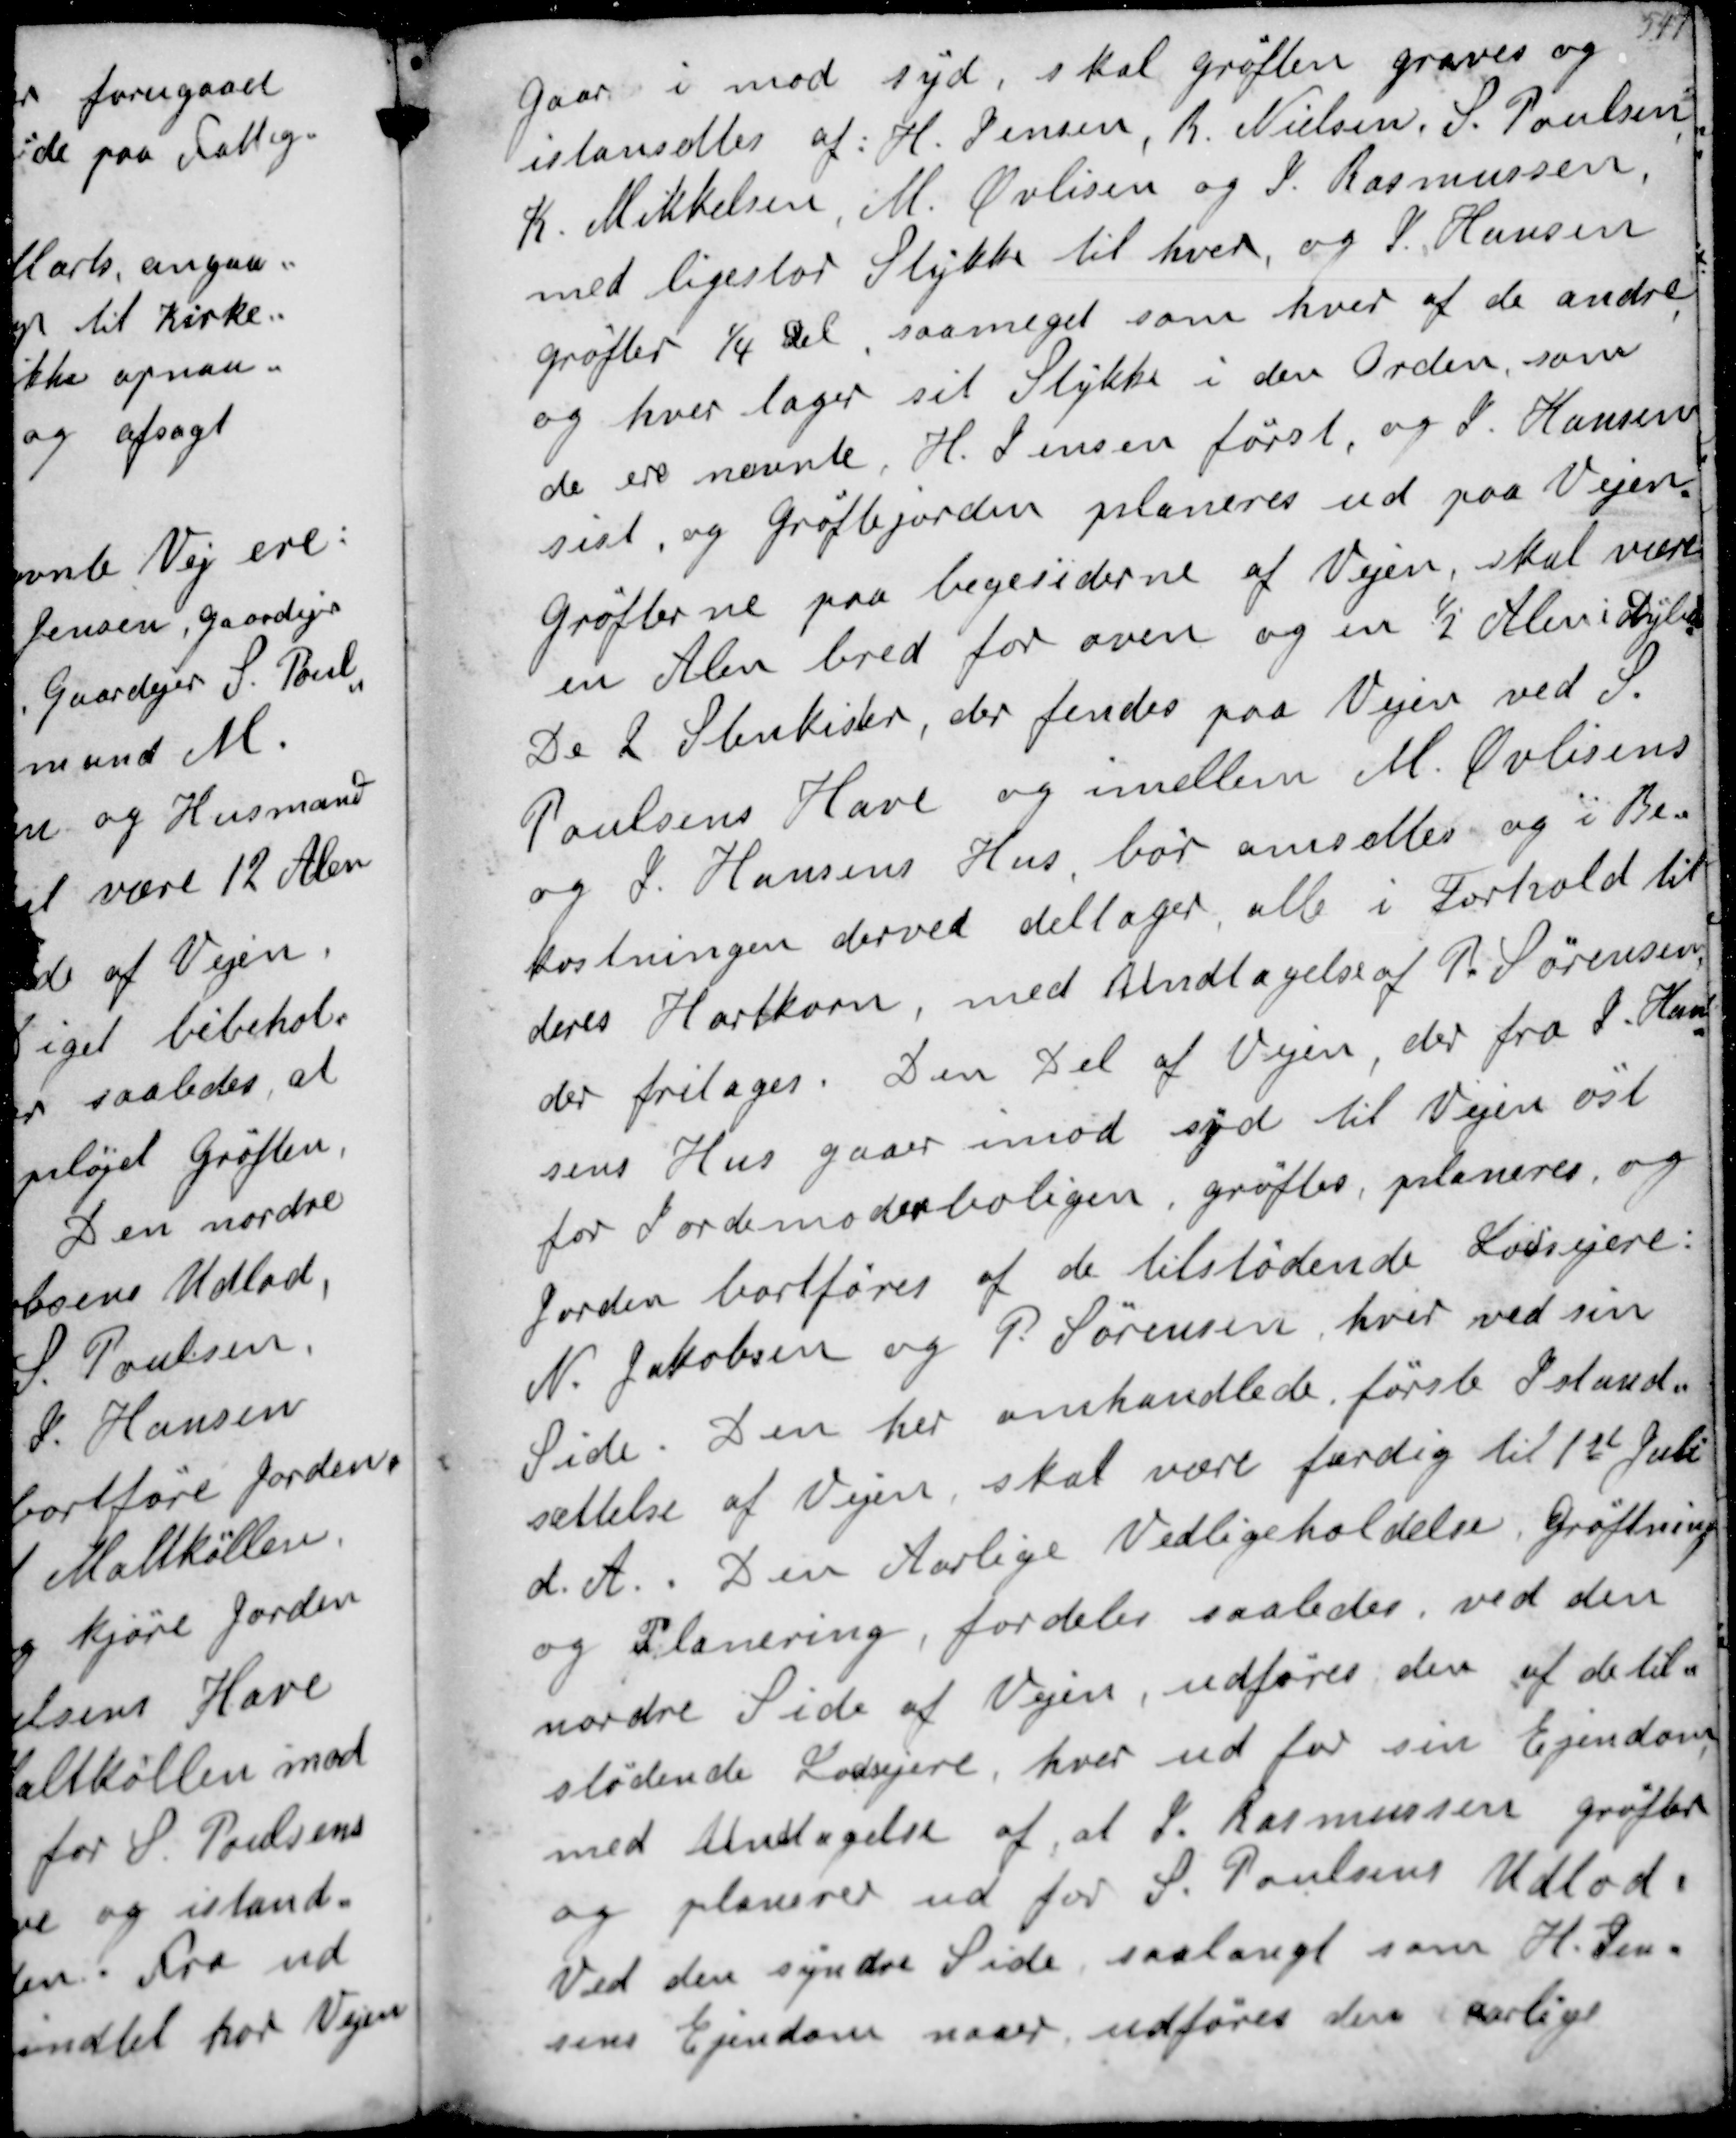
Transskription:
gaar i mod syd, skal grøften graves og
istansættes af: H.Jensen R. Nielsen S. Poulsen
K. Mikkelsen M. Øvlisen og J. Rasmussen
med ligestor Stykke til hver og J. Hansen
grøfter 1/4 Del saameget som hver af de andre
og hver tager sit Stykke i den Orden, som
de er nævnte. H.Jensen først og J. Hansen
sist og Grøftejorden planeres ud paa Vejen
Grøfterne paa begesiderne af Vejen, skal være
en Alen bred for oven og en ½ Alen i Dybde
De 2 Stenkister, der findes paa Veien ved S.
Poulsens Have og imellem M. Øvlisens
og J. Hansens Hus bør omsættes og i Be-
kostningen derved deltager alle i Forhold til
deres Hartkorn, med Undtagelse af P Sørensen
der fritages. Den Del af Vejen, der fra J Han-
sens Hus gaar imod syd til Vejen øst
for Jordemoderboligen, grøftes, planeres og
jorden bortføres af de tilstødende Lodsejere:
N. Jakobsen og P. Sørensen, hver ved sin
Side. Den her omhandlede første Istand-
sættelse af Vejen, skal være færdig til 1st Juli
d.A. Den Aarlige Vedligeholdelse, Grøftning
og Planering, fordeles saaledes, ved den

nordre side af Vejen, udføres den af de til-
stødende Lodejere, hvor ud for sin Ejendom
med Undtagelse af at J.Rasmussen grøfter
og planerer ud for S. Poulsens Udlod.
Ved den syndre Side, saalangt som H. Han-
sens Ejendom naaer udføres den Aarligt